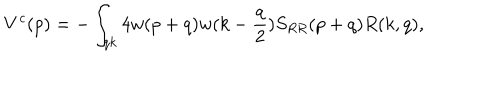
V ^ { c } ( p ) = - \int _ { q k } 4 w ( p + q ) w ( k - { \frac { q } { 2 } } ) S _ { R R } ( p + q ) R ( k , q ) ,